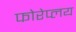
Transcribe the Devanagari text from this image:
फोरेप्लय